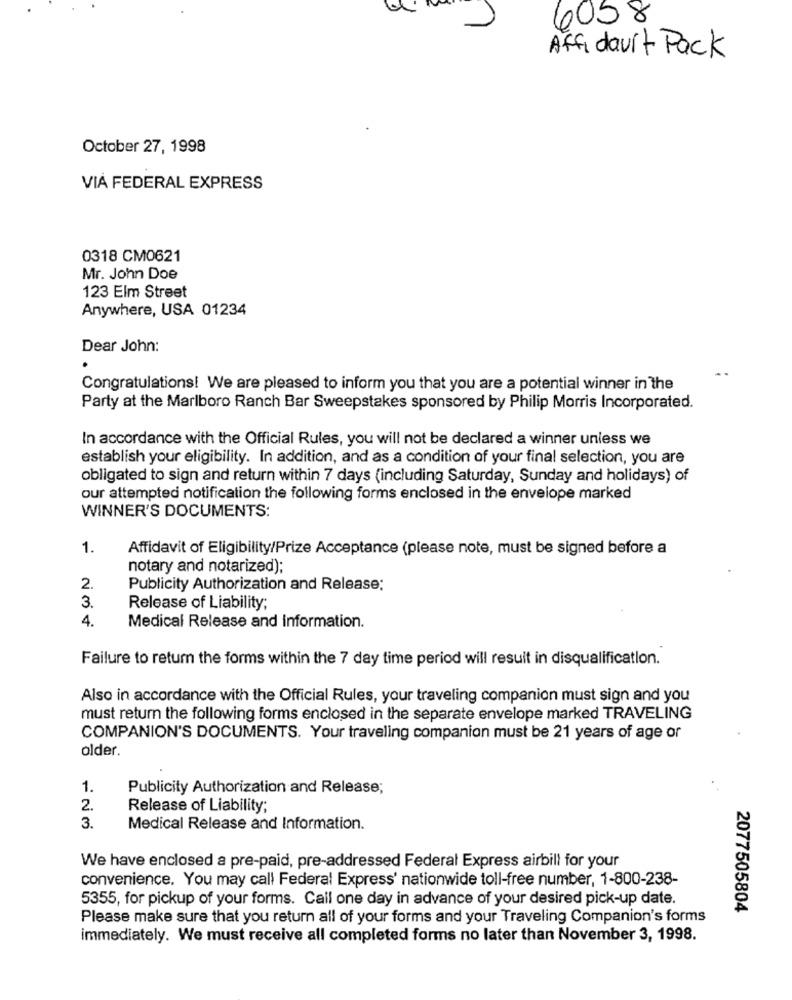
6058
Affidaurt Pack
October 27, 1998
VIA FEDERAL EXPRESS
0318 CM0621
Mr. John Doe
123 Elm Street
Anywhere, USA 01234
Dear John:
Congratulations! We are pleased to inform you that you are a potential winner in the
Party at the Marlboro Ranch Bar Sweepstakes sponsored by Philip Morris Incorporated.
In accordance with the Official Rules, you will not be declared a winner unless we
establish your eligibility. In addition, and as a condition of your final selection, you are
obligated to sign and return within 7 days (including Saturday, Sunday and holidays) of
our attempted notification the following forms enclosed in the envelope marked
WINNER'S DOCUMENTS:
1.
Affidavit of Eligibility/Prize Acceptance (please note, must be signed before a
notary and notarized);
2
Publicity Authorization and Release:
3.
Release of Liability;
4.
Medical Release and information.
Failure to return the forms within the 7 day time period will result in disqualification.
Also in accordance with the Official Rules, your traveling companion must sign and you
must return the following forms enclosed in the separate envelope marked TRAVELING
COMPANION'S DOCUMENTS. Your traveling companion must be 21 years of age or
older.
1.
Publicity Authorization and Release;
2.
Release of Liability;
3.
Medical Release and Information.
We have enclosed a pre-paid, pre-addressed Federal Express airbill for your
convenience. You may call Federal Express' nationwide toll-free number, 1-800-238-
5355, for pickup of your forms. Call one day in advance of your desired pick-up date.
2077505804
Please make sure that you return all of your forms and your Traveling Companion's forms
immediately. We must receive all completed forms no later than November 3, 1998.